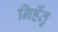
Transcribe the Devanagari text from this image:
निर्हेतु